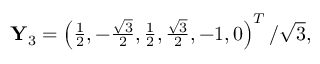
\begin{array} { r } { \mathbf { Y } _ { 3 } = \left( \frac { 1 } { 2 } , - \frac { \sqrt { 3 } } { 2 } , \frac { 1 } { 2 } , \frac { \sqrt { 3 } } { 2 } , - 1 , 0 \right) ^ { T } / \sqrt { 3 } , } \end{array}